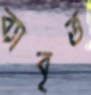
ব্যাবৃত্ত